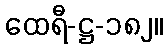
ထေရီ-ဋ္ဌ-၁၈၂။